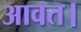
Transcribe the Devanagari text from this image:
आवत।